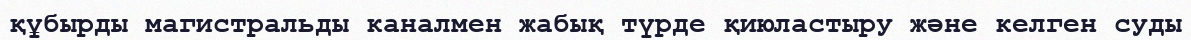
құбырды магистральды каналмен жабық түрде қиюластыру және келген суды